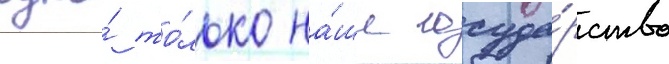
одно́ то́лько на́ше госуда́рство